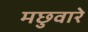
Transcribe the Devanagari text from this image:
मछुवारे